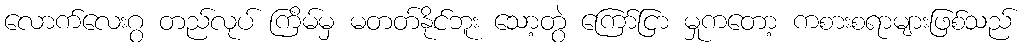
လောက်လေးဂွ တည်လုပ် ကြိမ်မှ မတတ်နိုင်ဘူး သော့တွဲ ကြော်ငြာ မှုကတော့ ကစားစရာများဖြစ်သည်